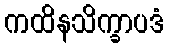
ကထိနသိက္ခာပဒံ